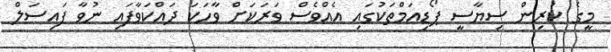
މީގެ ކުރިން ސިޔާސީ ޕޯޑިއަމްތަކުގައި އެއްވެސް ވަރަކަށް ވާހަކަ ދައްކަވާފައި ނުވާ ފައިސަލް